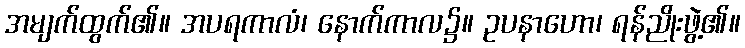
အမျက်ထွက်၏။ အပရကာလံ၊ နောက်ကာလ၌။ ဥပနာဟော၊ ရန်ညိုးဖွဲ့၏။